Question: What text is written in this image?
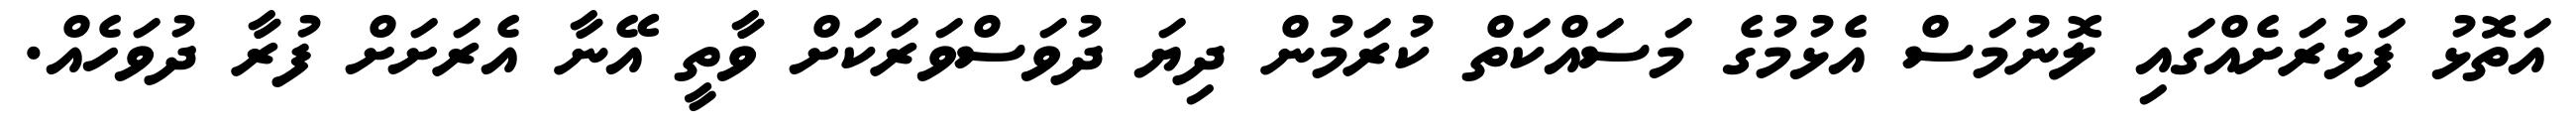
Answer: އަތޮޅު ފަޅުރަށެއްގައި ލޮނުމަސް އެޅުމުގެ މަސައްކަތް ކުރަމުން ދިޔަ ދުވަސްވަރަކަށް ވާތީ އޭނާ އެރަށަށް ފުރާ ދުވަހެއް.